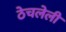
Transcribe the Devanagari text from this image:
ठेचलेली